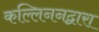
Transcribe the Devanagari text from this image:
कल्लिननद्वारा